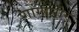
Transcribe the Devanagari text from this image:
गोंगानोर